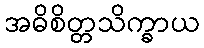
အဓိစိတ္တသိက္ခာယ